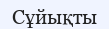
Сұйықты